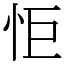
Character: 怇